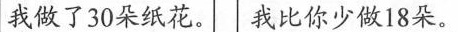
我做了30朵纸花。 我比你少做18朵。